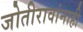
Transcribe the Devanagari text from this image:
जोतीरावांनाही